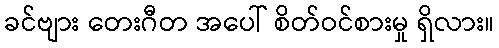
ခင်ဗျား တေးဂီတ အပေါ် စိတ်ဝင်စားမှု ရှိလား။